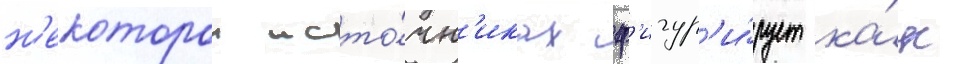
н'екоторои исто́чн'иках ф'игур'и́рует ка́к